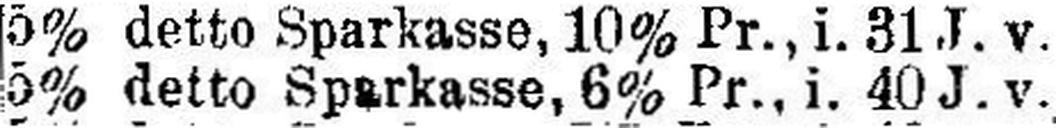
5% detto Sparkasse, 6% Pr., i. 40 J. v.